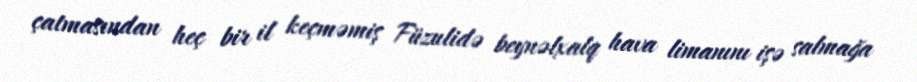
çatmasından heç bir il keçməmiş Füzulidə beynəlxalq hava limanını işə salmağa